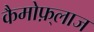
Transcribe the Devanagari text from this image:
कैमोफ़्लाज